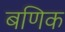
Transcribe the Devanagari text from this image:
बणिक